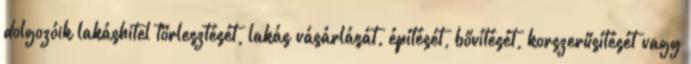
dolgozóik lakáshitel törlesztését, lakás vásárlását, építését, bővítését, korszerűsítését vagy